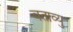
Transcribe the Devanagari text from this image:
बताव्यु